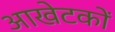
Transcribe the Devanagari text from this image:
आखेटकों